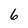
Character: 6